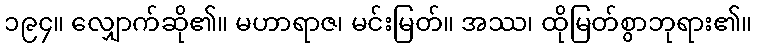
၁၉၄။ လျှောက်ဆို၏။ မဟာရာဇ၊ မင်းမြတ်။ အဿ၊ ထိုမြတ်စွာဘုရား၏။